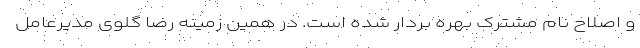
و اصلاح نام مشترک بهره بردار شده است. در همین زمینه رضا گلوی مدیرعامل